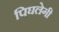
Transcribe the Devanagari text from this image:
पिघलेगी